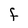
Character: F